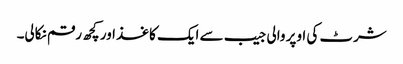
شرٹ کی اوپر والی جیب سے ایک کاغذ اور کچھ رقم نکالی۔